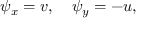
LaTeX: \psi _ { x } = v , \quad \psi _ { y } = - u ,